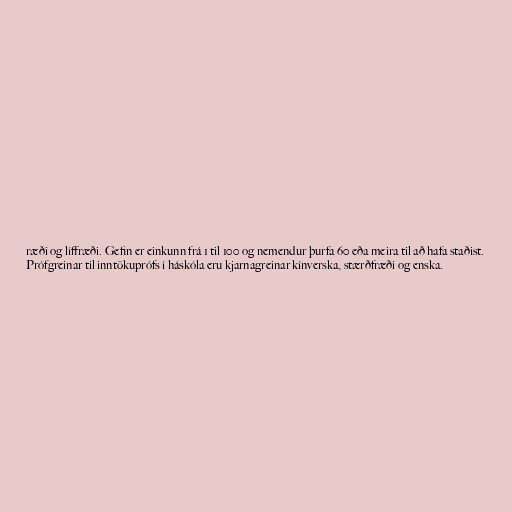
ræði og líffræði. Gefin er einkunn frá 1 til 100 og nemendur þurfa 60 eða meira til að hafa staðist.
Prófgreinar til inntökuprófs í háskóla eru kjarnagreinar kínverska, stærðfræði og enska.